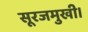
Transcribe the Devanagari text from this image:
सूरजमुखी।